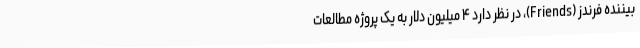
بیننده فرندز (Friends)، در نظر دارد ۴ میلیون دلار به یک پروژه مطالعات